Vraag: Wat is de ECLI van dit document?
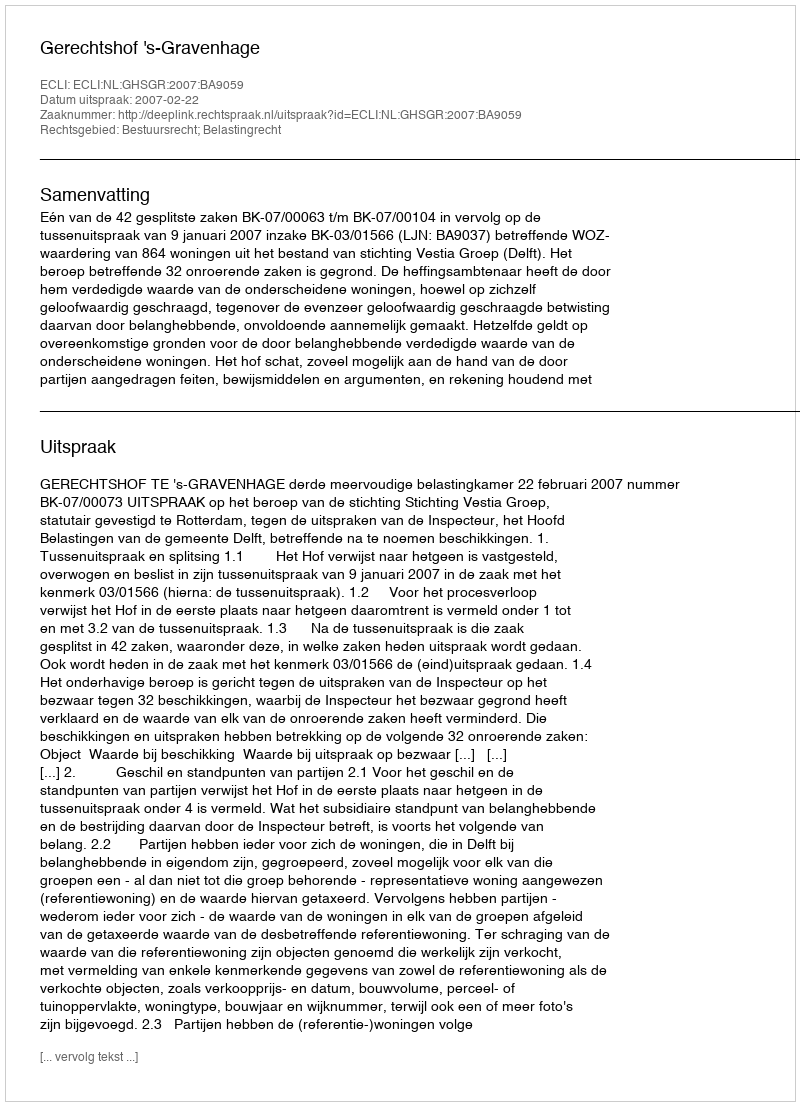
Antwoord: ECLI:NL:GHSGR:2007:BA9059